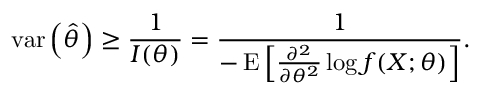
\operatorname { v a r } \left( { \widehat { \theta } } \right) \geq { \frac { 1 } { I ( \theta ) } } = { \frac { 1 } { - \operatorname { E } \left[ { \frac { \partial ^ { 2 } } { \partial \theta ^ { 2 } } } \log f ( X ; \theta ) \right] } } .